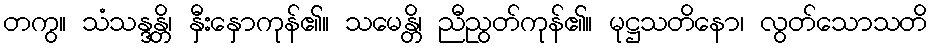
တကွ။ သံသန္ဒန္တိ၊ နှီးနှောကုန်၏။ သမေန္တိ၊ ညီညွတ်ကုန်၏။ မုဋ္ဌသတိနော၊ လွတ်သောသတိ